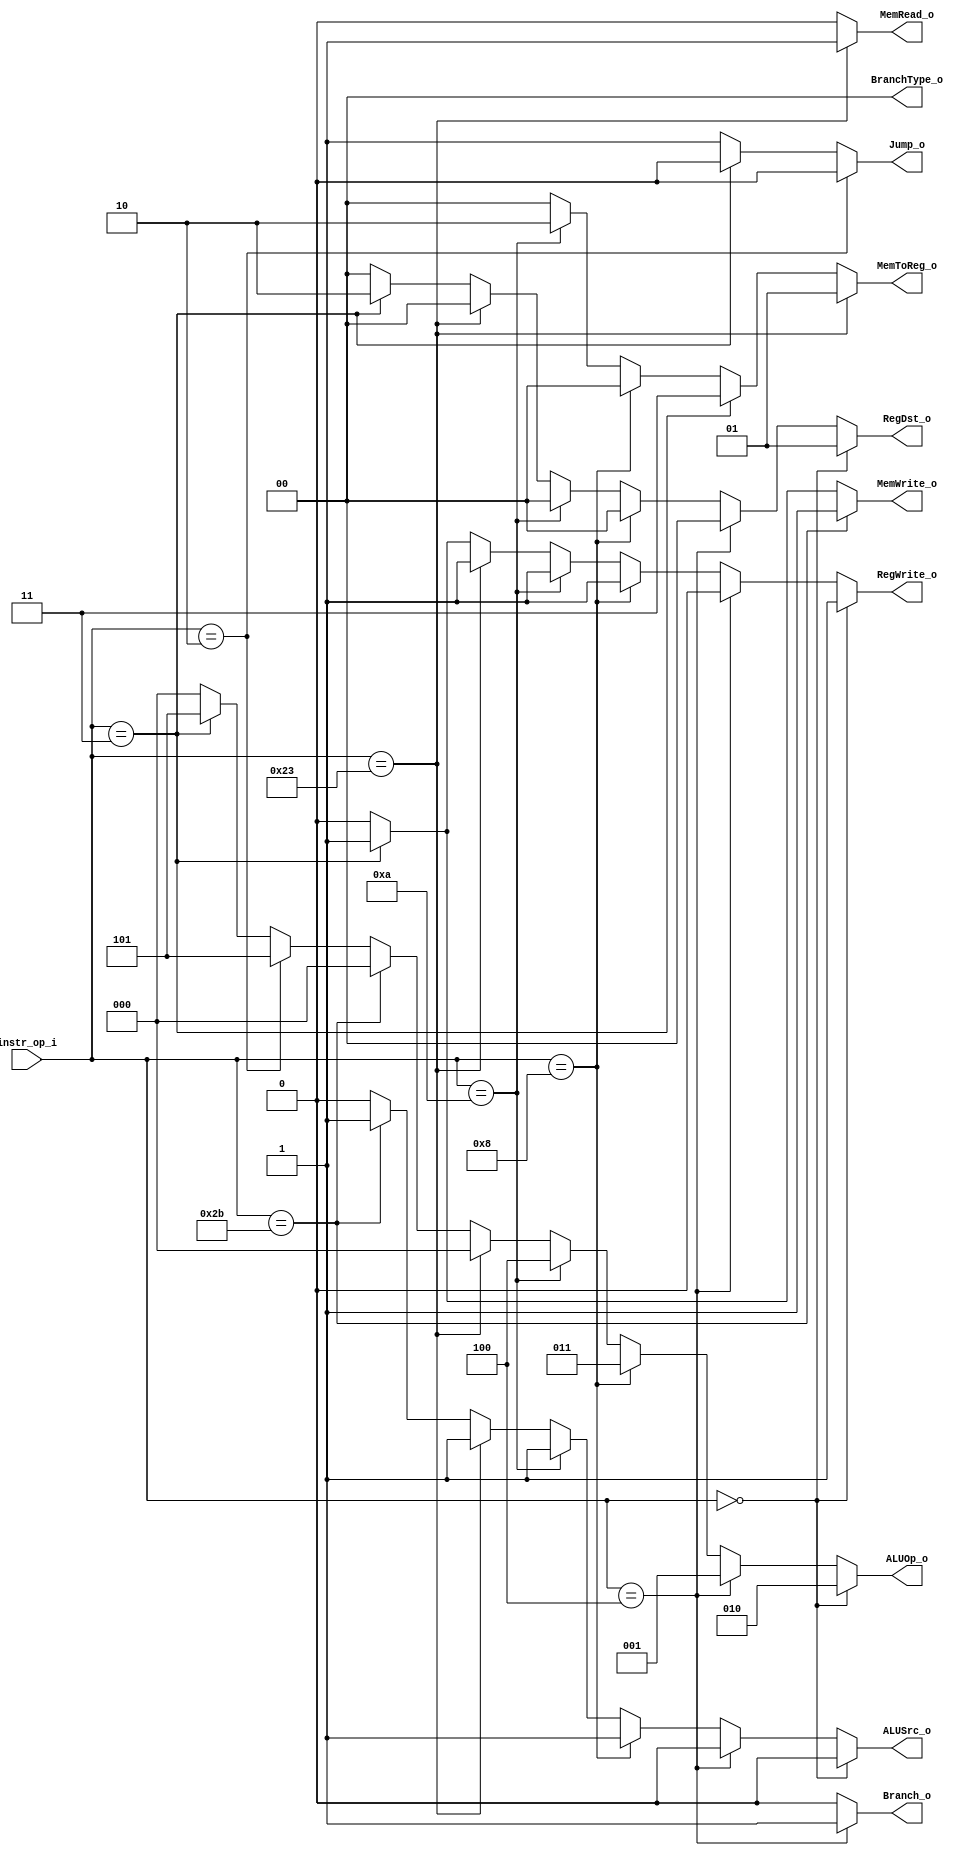
//Subject:     CO project 2 - Decoder
//--------------------------------------------------------------------------------
//Version:     1
//--------------------------------------------------------------------------------
//Writer:      Luke
//----------------------------------------------
//Date:        
//----------------------------------------------
//Description: 
//--------------------------------------------------------------------------------

module Decoder(
    instr_op_i,
	Branch_o,
    MemToReg_o,
    BranchType_o,
    Jump_o,
    MemRead_o,
    MemWrite_o,
	ALUOp_o,
	ALUSrc_o,
	RegWrite_o,
	RegDst_o
	);
     
//I/O ports
input  [6-1:0]  instr_op_i;

output          Branch_o;
output [2-1:0]  MemToReg_o;
output [2-1:0]  BranchType_o;
output          Jump_o;
output          MemRead_o;
output          MemWrite_o;
output [3-1:0]  ALUOp_o;
output          ALUSrc_o;
output          RegWrite_o;
output [2-1:0]  RegDst_o;
 
//Internal Signals
wire            Branch_o;
wire   [2-1:0]  MemToReg_o;
wire   [2-1:0]  BranchType_o;
wire            Jump_o;
wire            MemRead_o;
wire            MemWrite_o;
wire   [3-1:0]  ALUOp_o;
wire            ALUSrc_o;
wire            RegWrite_o;
wire   [2-1:0]  RegDst_o;

//Parameter


//Main function
// Branch_o
assign Branch_o = (instr_op_i == 6'b000100)? 1: // BEQ
                  1'b0;

// MemToReg_o
assign MemToReg_o = (instr_op_i == 6'b100011)? 2'b01: // lw
                    (instr_op_i == 6'b000011)? 2'b11: // jal
                    (instr_op_i == 6'b001000)? 2'b00: // ADDI
                    (instr_op_i == 6'b001010)? 2'b10: // SLTI
                    2'b00;
                  
// BranchType_o
assign BranchType_o = 2'b00;
                    
// Jump_o
assign Jump_o = (instr_op_i == 6'b000010)? 0: // Jump
                (instr_op_i == 6'b000011)? 0: // jal
                1'b1;

// MemRead_o
assign MemRead_o = (instr_op_i == 6'b100011)? 1: // lw
                   1'b0;

// MemWrite_o
assign MemWrite_o = (instr_op_i == 6'b101011)? 1: // sw
                    (instr_op_i == 6'b000011)? 1: // jal
                    1'b0;

// ALU_op_o
assign ALUOp_o = (instr_op_i == 6'b000000)? 3'b010: // R-type & jr
                 (instr_op_i == 6'b000100)? 3'b001: // BEQ
                 (instr_op_i == 6'b001000)? 3'b011: // ADDI
                 (instr_op_i == 6'b001010)? 3'b100: // SLTI
                 (instr_op_i == 6'b100011)? 3'b000: // lw
                 (instr_op_i == 6'b101011)? 3'b000: // sw
                 (instr_op_i == 6'b000010)? 3'b101: // Jump
                 (instr_op_i == 6'b000011)? 3'b101: // jal
                 3'b0;
// ALUSrc_o
assign ALUSrc_o = (instr_op_i == 6'b000000)? 0: // R-type
                  (instr_op_i == 6'b000100)? 0: // BEQ
                  (instr_op_i == 6'b001000)? 1: // ADDI
                  (instr_op_i == 6'b001010)? 1: // SLTI
                  (instr_op_i == 6'b100011)? 1: // lw
                  (instr_op_i == 6'b101011)? 1: // sw
                  1'b0;
// RegWrite_o
assign RegWrite_o = (instr_op_i == 6'b000000)? 1: // R-type
                    (instr_op_i == 6'b000100)? 0: // BEQ
                    (instr_op_i == 6'b001000)? 1: // ADDI
                    (instr_op_i == 6'b001010)? 1: // SLTI
                    (instr_op_i == 6'b100011)? 1: // lw
                    (instr_op_i == 6'b000011)? 1: // jal
                    1'b0;
// RegDst_o
assign RegDst_o = (instr_op_i == 6'b000000)? 2'b01: // R-type
                  (instr_op_i == 6'b000100)? 2'b00: // BEQ
                  (instr_op_i == 6'b001000)? 2'b00: // ADDI
                  (instr_op_i == 6'b001010)? 2'b00: // SLTI
                  (instr_op_i == 6'b100011)? 2'b00: // lw
                  (instr_op_i == 6'b000011)? 2'b10: // jal
                  2'b00;
endmodule